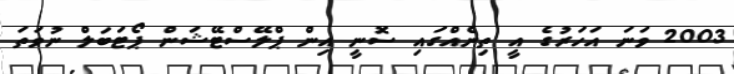
2003 ވަނަ އަހަރުގެ އީ ތިނެއްގައި ސޮނީ އިން ޕްލޭސްޓޭޝަން ޕޯޓަބަލް ނުވަތަ